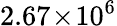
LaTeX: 2.67\! \times\! 10^{6}